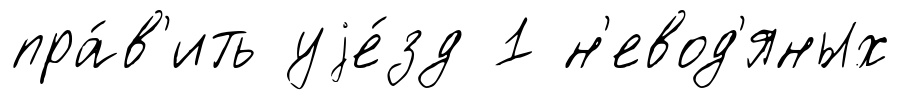
пра́в'ить уjе́зд 1 н'евод'яных